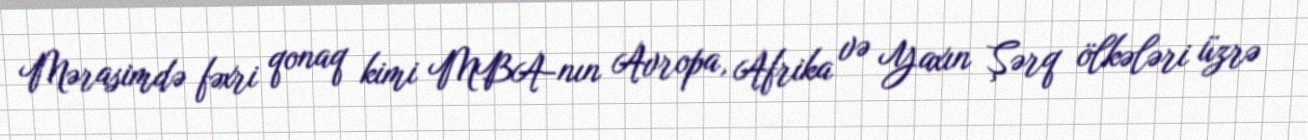
Mərasimdə fəxri qonaq kimi MBA-nın Avropa, Afrika və Yaxın Şərq ölkələri üzrə